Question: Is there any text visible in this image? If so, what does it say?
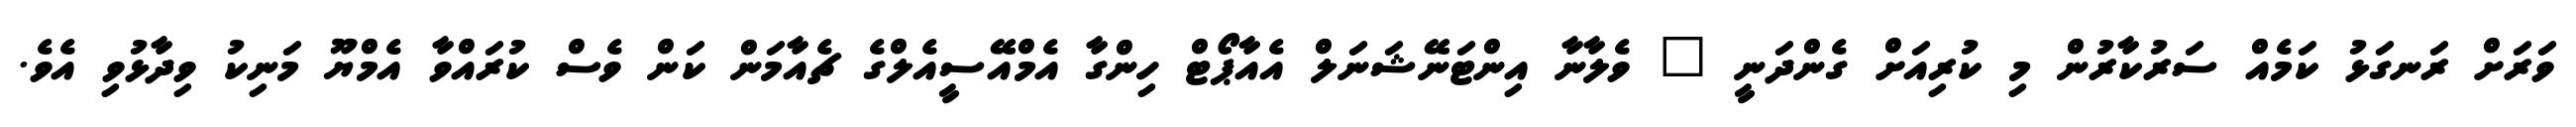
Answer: ވަރަށް ރަނގަޅު ކަމެއް ސަރުކާރުން މި ކުރިއަށް ގެންދަނީ " ވެލާނާ އިންޓަނޭޝަނަލް އެއާޕޯޓް ހިންގާ އެމްއޭސީއެލްގެ ޗެއާމަން ކަން ވެސް ކުރައްވާ އެމްޔޫ މަނިކު ވިދާޅުވި އެވެ.